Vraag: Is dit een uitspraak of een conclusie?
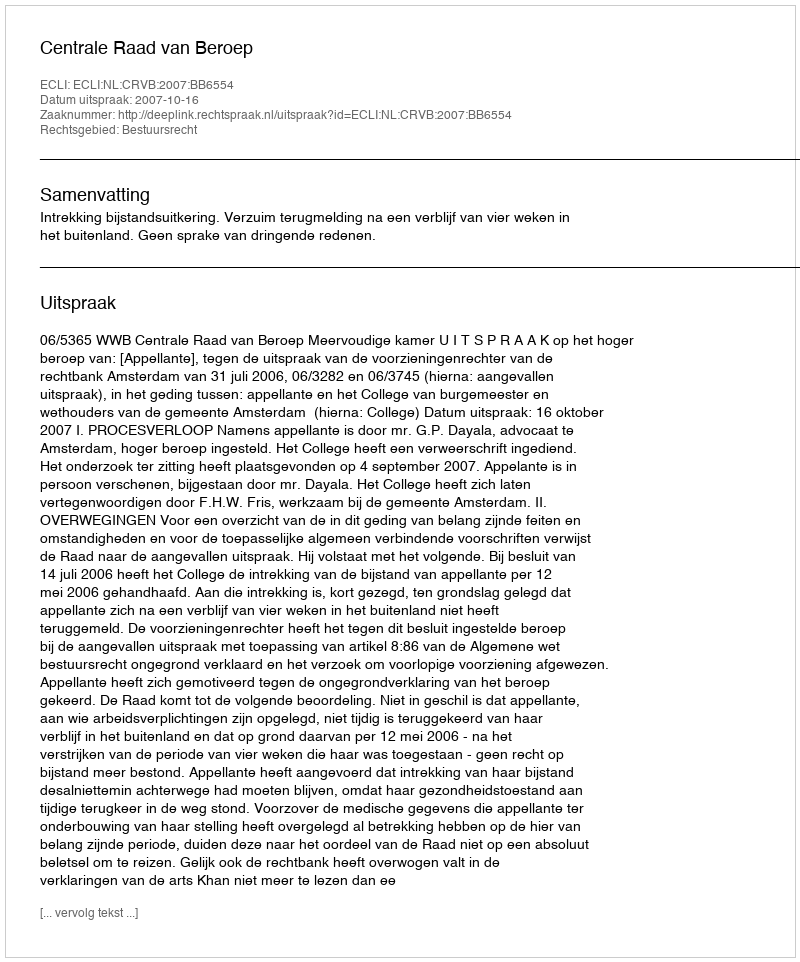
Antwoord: Uitspraak